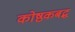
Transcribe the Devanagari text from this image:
कोष्ठकबद्ध